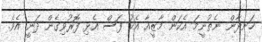
ހަނދާން ނެތުނީމަ އެކަން މާޒީއާ އެކު ފަސް އެޅި ފޮރުވިގެން ދަނީ އެވެ.